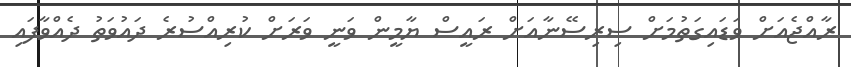
ރާއްޖެއަށް ވަޑައިގަތުމަށް ސިރިސޭނާއަށް ރައީސް ޔާމީން ވަނީ ވަރަށް ކުރިއްސުރެ ދައުވަތު ދެއްވާފައި